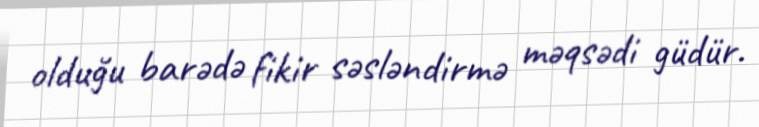
olduğu barədə fikir səsləndirmə məqsədi güdür.